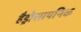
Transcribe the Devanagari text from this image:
हैड्रोसायनिक